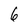
Character: 6